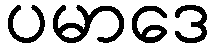
ပမာဒေ